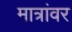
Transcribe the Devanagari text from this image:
मात्रांवर